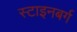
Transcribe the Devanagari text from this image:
स्टाइनबर्ग